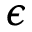
\boldsymbol { \epsilon }